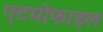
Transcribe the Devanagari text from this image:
एटमोफाइल